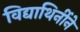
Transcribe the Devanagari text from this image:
विद्याथिर्नीने